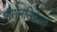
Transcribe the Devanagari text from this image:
प्रोसेनसिफेलों